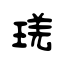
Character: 琷